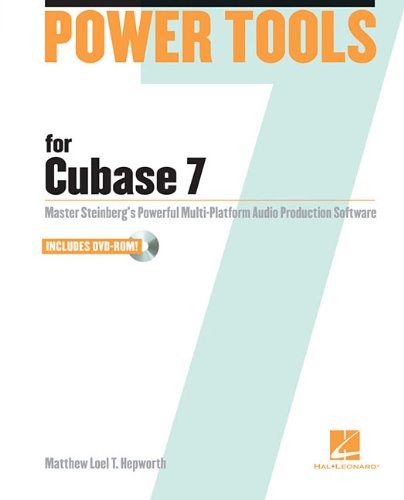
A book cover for Power Tools for Cubase 7: Master Steinberg's Powerful Multi-Platform Audio Production Software; Matthew Loel T. Hepworth; Computers & Technology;